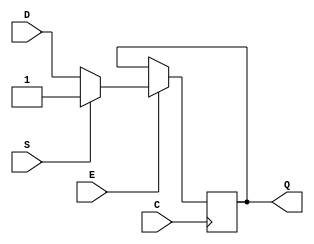
/* A Verilator model
 */
module SB_DFFESS
  ( input C,E,D,S,
    output reg Q
    );
   initial
     Q = 1'b0;
   always @(posedge C)
     if ( E )
       Q <= S ? 1'b1 : D;
endmodule